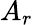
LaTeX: A_{r}